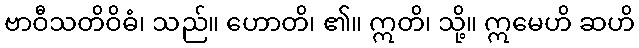
ဗာဝီသတိဝိဓံ၊ သည်။ ဟောတိ၊ ၏။ ဣတိ၊ သို့။ ဣမေဟိ ဆဟိ